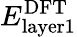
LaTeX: E_{\mathrm{layer1}}^{\mathrm{{DFT}}}